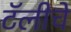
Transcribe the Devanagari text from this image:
टॅलीचे